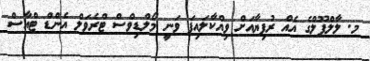
މ. ލާލްޕޫލްގެ އެއް ރުފިޔާއަށް ވިއްކާލައިފަ ވަނީ މޯލްޑިވްސް ޓްރެވަލް އެންޑް ޓްއާސް